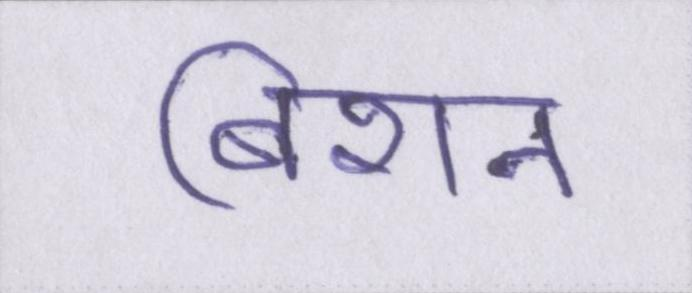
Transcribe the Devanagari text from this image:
बिशन